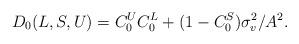
LaTeX: \begin{align*}D_0(L,S,U)=C_0^UC_0^L + (1-C_0^S)\sigma_v^2/A^2.\end{align*}